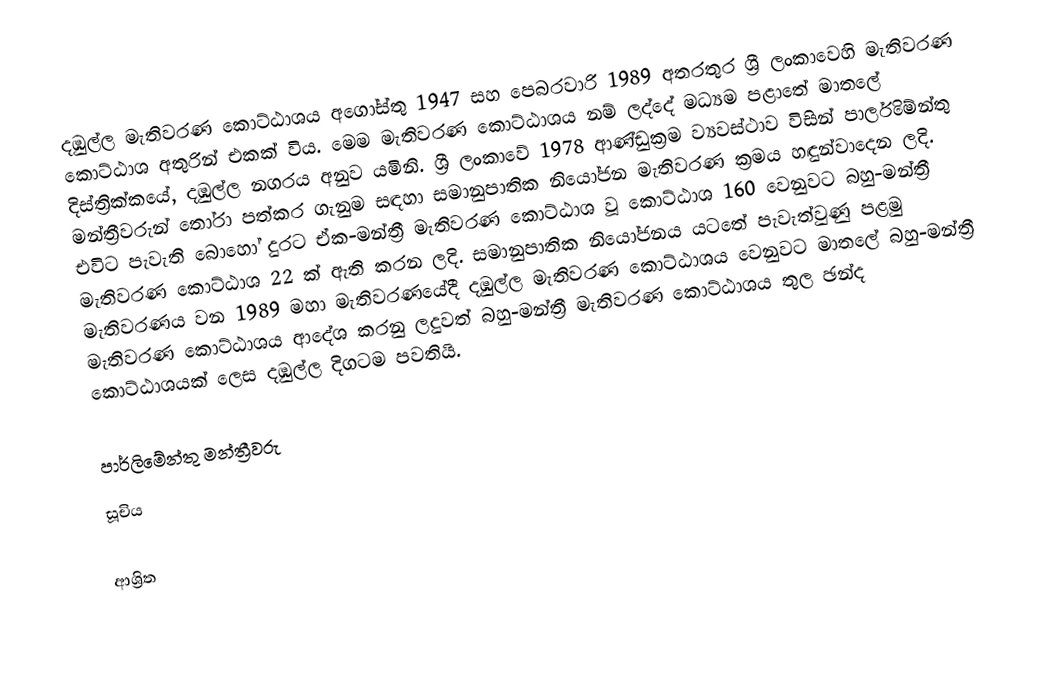
දඹුල්ල මැතිවරණ කොට්ඨාශය අගෝස්තු 1947 සහ පෙබරවාරි 1989 අතරතුර  ශ්‍රී ලංකාවෙහි  මැතිවරණ කොට්ඨාශ අතුරින් එකක් විය. මෙම මැතිවරණ කොට්ඨාශය නම් ලද්දේ  මධ්‍යම පළාතේ  මාතලේ දිස්ත්‍රික්කයේ,  දඹුල්ල නගරය අනුව යමිනි. ශ්‍රී ලංකාවේ 1978 ආණ්ඩුක්‍රම ව්‍යවස්ථාව විසින්   පාර්ලිමේන්තු මන්ත්‍රීවරුන් තෝරා පත්කර ගැනුම සඳහා සමානුපාතික නියෝජන මැතිවරණ ක්‍රමය හඳුන්වාදෙන ලදි. එවිට පැවැති බොහෝ දුරට  ඒක-මන්ත්‍රී මැතිවරණ කොට්ඨාශ වූ කොට්ඨාශ 160 වෙනුවට බහු-මන්ත්‍රී මැතිවරණ කොට්ඨාශ 22 ක් ඇති කරන ලදි. සමානුපාතික නියෝජනය යටතේ  පැවැත්වුණු පළමු මැතිවරණය වන 1989 මහා මැතිවරණයේදී  දඹුල්ල මැතිවරණ කොට්ඨාශය වෙනුවට  මාතලේ බහු-මන්ත්‍රී මැතිවරණ කොට්ඨාශය  ආදේශ කරනු ලදුවත් බහු-මන්ත්‍රී මැතිවරණ කොට්ඨාශය තුල ඡන්ද කොට්ඨාශයක් ලෙස දඹුල්ල දිගටම පවතියි.

පාර්ලිමේන්තු මන්ත්‍රීවරු
සූචිය

ආශ්‍රිත